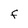
Character: F